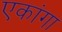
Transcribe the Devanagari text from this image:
एकांगा